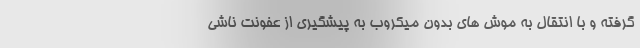
گرفته و با انتقال به موش های بدون میکروب به پیشگیری از عفونت ناشی